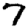
Digit: 7